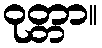
ဝုတ္တာ။